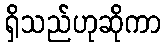
ရှိသည်ဟုဆိုကာ